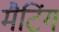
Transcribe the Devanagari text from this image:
मैटिंग